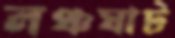
লঞ্চঘাট